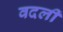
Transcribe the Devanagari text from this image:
वदलीं